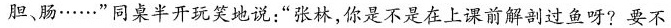
胆、肠……”同桌半开玩笑地说：”张林，你是不是在上课前解剖过鱼呀?要不